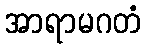
အာရာမဂတံ